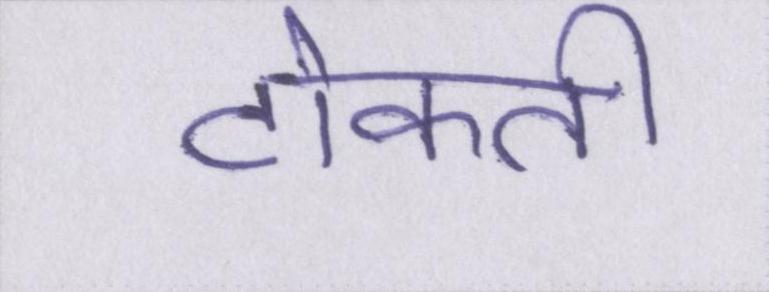
टोकती